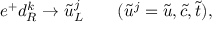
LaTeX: e ^ { + } d _ { R } ^ { k } \rightarrow \tilde { u } _ { L } ^ { j } ~ ~ ~ ~ ~ ~ ( \tilde { u } ^ { j } = \tilde { u } , \tilde { c } , \tilde { t } ) ,